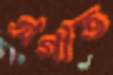
অগীত